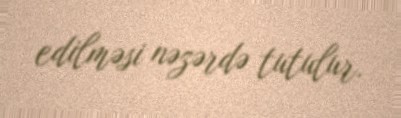
edilməsi nəzərdə tutulur.